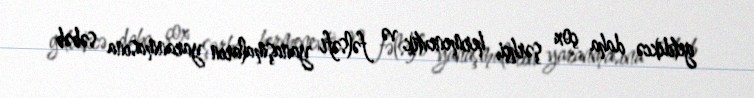
getdikcə daha çox şərhçi, hermenevtik və fəlsəfi yanaşmaların yaranmasına səbəb